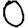
Digit: 0